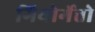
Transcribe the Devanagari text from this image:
गियोर्गेत्तो